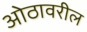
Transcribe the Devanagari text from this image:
ओठावरील